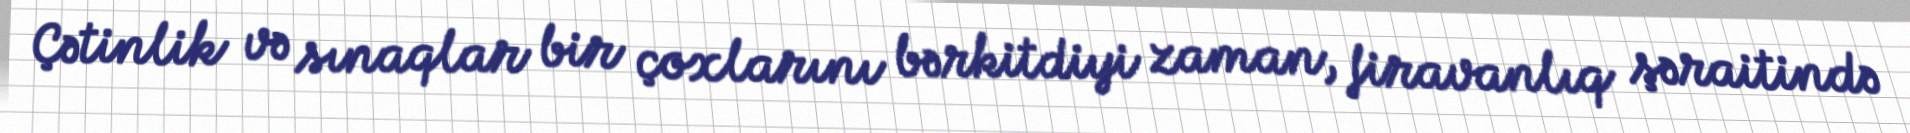
Çətinlik və sınaqlar bir çoxlarını bərkitdiyi zaman, firavanlıq şəraitində